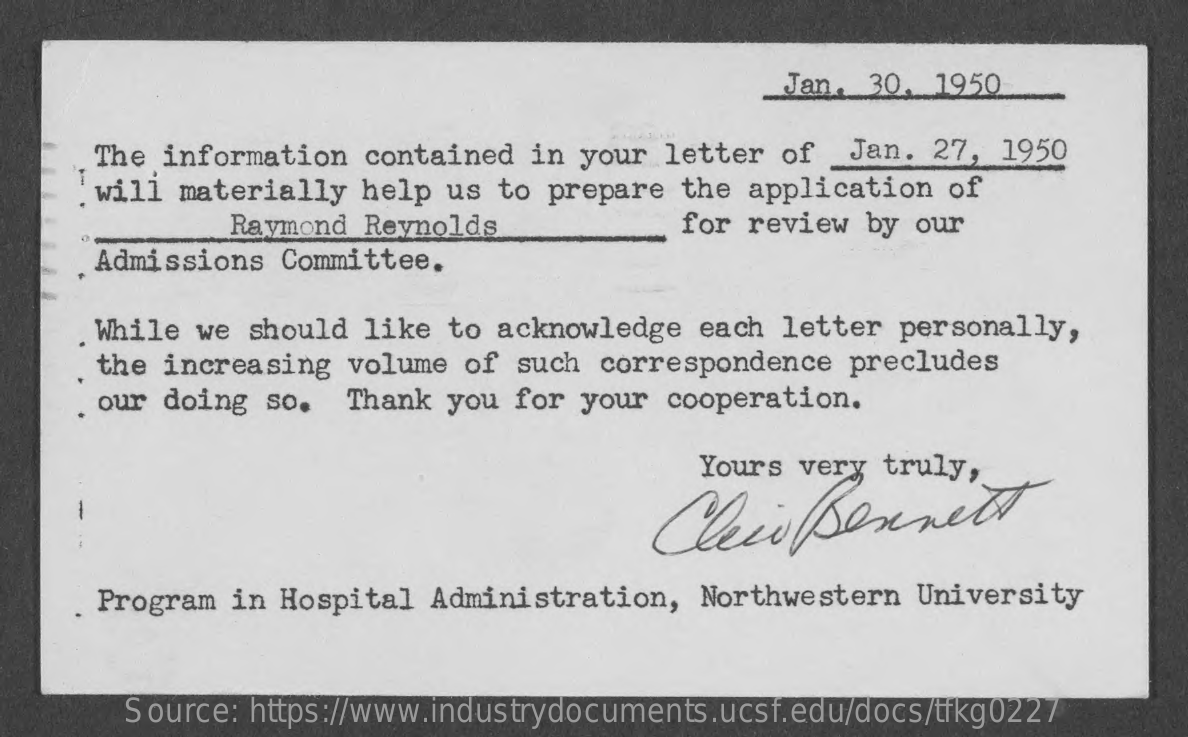
Jan. 30. 1950
     The information  contained  in your letter of   Jan. 27, 1950
     will materially  help us  to prepare the application  of
     Raymond Reynolds    for review  by our
     Admissions  Committee.
     While we  should like to acknowledge  each letter  personally,
     the increasing  volume of  such correspondence  precludes
     our doing  so.  Thank you  for your cooperation.
     Yours very  truly,
     Clein    Sennett
     -
     Program  in Hospital Administration,  Northwestern  University
     Source: https://www.industrydocuments.ucsf.edu/docs/tfkg0227